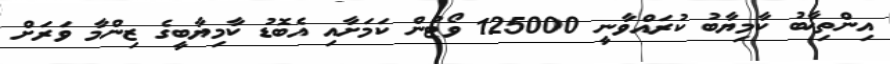
އިންތިޚާބު ކާމިޔާބު ކުރައްވާނީ 125000 ވޯޓުން ކަމަށާއި އެބޮޑު ކާމިޔާބީގެ ޒިންމާ ވަރަށް